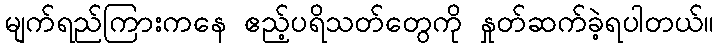
မျက်ရည်ကြားကနေ ဧည့်ပရိသတ်တွေကို နှုတ်ဆက်ခဲ့ရပါတယ်။